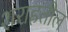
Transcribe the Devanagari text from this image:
शराहतील